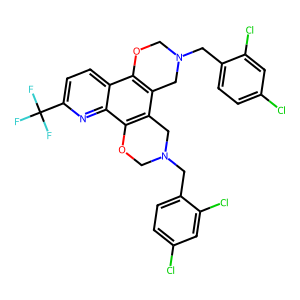
SMILES: FC(F)(F)c1ccc2c3c(c4c(c2n1)OCN(Cc1ccc(Cl)cc1Cl)C4)CN(Cc1ccc(Cl)cc1Cl)CO3
Inhibits HIV replication: No